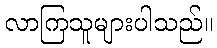
လာကြသူများပါသည်။